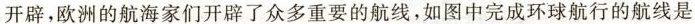
开辟，欧洲的航海家们开辟了众多重要的航线，如图中完成环球航行的航线是